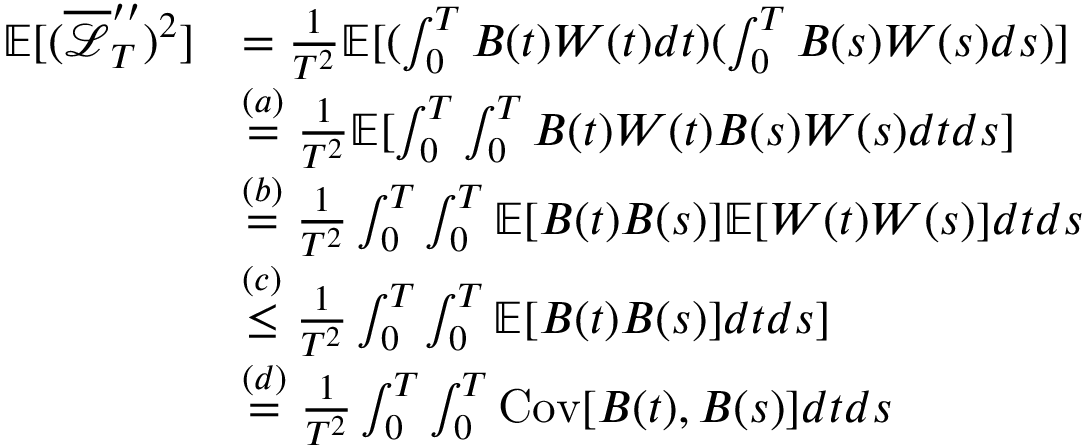
\begin{array} { r l } { \mathbb { E } [ ( \overline { { \mathcal { L } } } _ { T } ^ { \prime \prime } ) ^ { 2 } ] } & { = \frac { 1 } { T ^ { 2 } } \mathbb { E } [ ( \int _ { 0 } ^ { T } B ( t ) W ( t ) d t ) ( \int _ { 0 } ^ { T } B ( s ) W ( s ) d s ) ] } \\ & { \overset { ( a ) } = \frac { 1 } { T ^ { 2 } } \mathbb { E } [ \int _ { 0 } ^ { T } \int _ { 0 } ^ { T } B ( t ) W ( t ) B ( s ) W ( s ) d t d s ] } \\ & { \overset { ( b ) } = \frac { 1 } { T ^ { 2 } } \int _ { 0 } ^ { T } \int _ { 0 } ^ { T } \mathbb { E } [ B ( t ) B ( s ) ] \mathbb { E } [ W ( t ) W ( s ) ] d t d s } \\ & { \overset { ( c ) } \leq \frac { 1 } { T ^ { 2 } } \int _ { 0 } ^ { T } \int _ { 0 } ^ { T } \mathbb { E } [ B ( t ) B ( s ) ] d t d s ] } \\ & { \overset { ( d ) } = \frac { 1 } { T ^ { 2 } } \int _ { 0 } ^ { T } \int _ { 0 } ^ { T } \mathrm { C o v } [ B ( t ) , B ( s ) ] d t d s } \end{array}